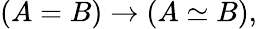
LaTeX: (A=B)\to(A\simeq B),